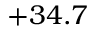
+ 3 4 . 7